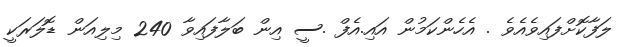
ލަފާކޮށްފައިވެއެވެ . އެހެންކަމުން އައި.އެފް .ސީ އިން ބަލާފައިވާ 240 މިލިއަން ޑޮލަރަކީ